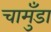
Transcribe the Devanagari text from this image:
चामुँडा